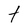
Character: t